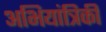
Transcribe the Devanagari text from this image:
अभियांत्रिकी